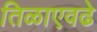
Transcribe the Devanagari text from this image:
तिळाएवढे